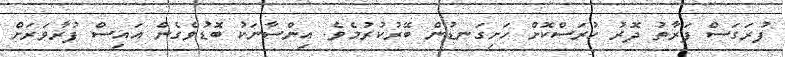
ފުރަގަސް ފަރާތު ދޮރު ހުރަސްކޮށް ހަށިގަނޑުން ބޭރުކުރުމެވެ. އިންސާނަކު ބޮޑުވެގެން އައިސް ފުރާވަރަށް